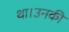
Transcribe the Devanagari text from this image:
था।उनकी